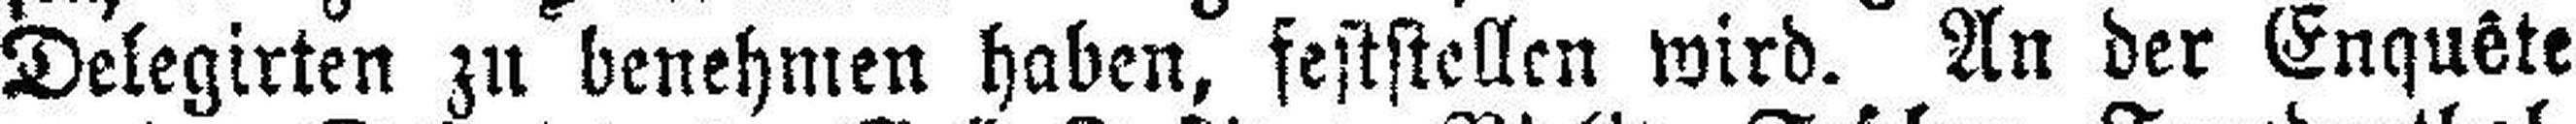
Delegirten zu benehmen haben, feststellen wird. An der Enquête